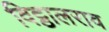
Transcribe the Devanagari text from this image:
विट्ठालराव